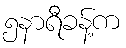
၅နာရီခန့်က